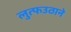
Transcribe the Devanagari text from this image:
लुत्फउठाने